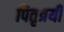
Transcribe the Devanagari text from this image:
पितृत्रयी